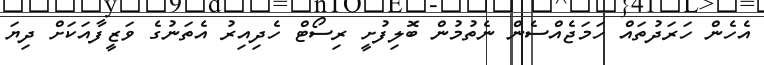
އެހެން ހަރަދުތައް ހަމަޖެއްސެން ނެތުމުން ބޮލިފުށީ ރިސޯޓް ހެދިއިރު އެތަނުގެ ވަޒީފާއަކަށް ދިޔަ